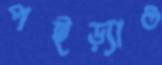
পইড়্যাও